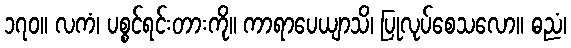
၁၇၀။ လကံ၊ ပစ္စင်ရင်းတားကို။ ကာရာပေယျာသိ၊ ပြုလုပ်စေသလော။ ဓညံ၊